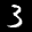
Label: 3